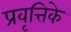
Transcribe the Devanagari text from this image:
प्रवृत्तिके